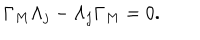
\Gamma _ { M } \Lambda _ { j } - \Lambda _ { j } \Gamma _ { M } = 0 .